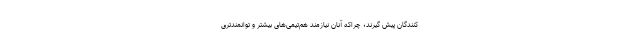
کنندگان پیش گیرند؛ چراکه آنان نیازمند هم‌تیمی‌های بیشتر و توانمندتری